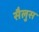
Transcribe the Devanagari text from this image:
सैलुस